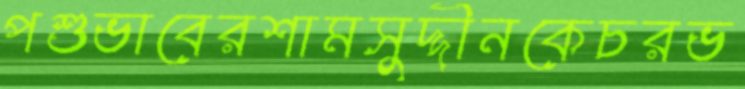
পশুভাবেরশামসুদ্দীনকেচরভ